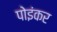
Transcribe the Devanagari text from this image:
पोइंकर